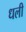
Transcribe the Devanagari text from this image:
धली